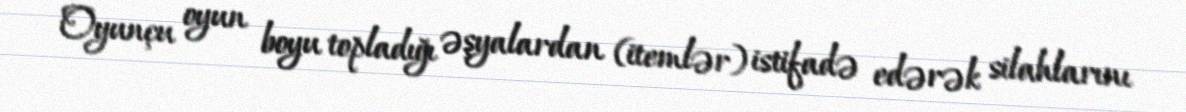
Oyunçu oyun boyu topladığı əşyalardan (itemlər) istifadə edərək silahlarını